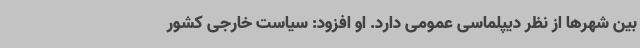
بین شهرها از نظر دیپلماسی عمومی دارد. او افزود: سیاست خارجی کشور